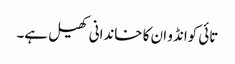
تائی کوانڈو ان کا خاندانی کھیل ہے۔